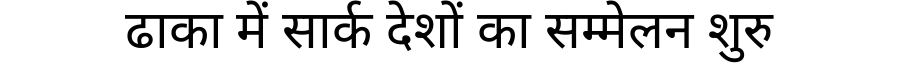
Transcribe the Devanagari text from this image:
ढाका में सार्क देशों का सम्मेलन शुरु